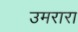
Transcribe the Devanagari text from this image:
उमरारा